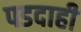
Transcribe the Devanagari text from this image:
पडदाही